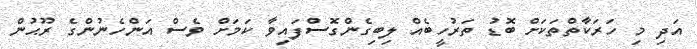
އަދި މި ހަރަކާތްތަކަށް ބޮޑު ތަރުހީބެއް ލިބިގެންގޮސްފައިވާ ކަމަށް ވެސް އަންހެނުންގެ ރޫޙުން